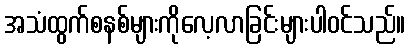
အသံထွက်စနစ်များကိုလေ့လာခြင်းများပါဝင်သည်။